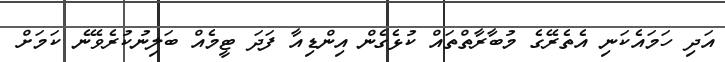
އަދި ހަމައެކަނި އެތެރޭގެ މުބާރާތްތައް ކުޅެގެން އިންޑިއާ ފަދަ ޓީމެއް ބަލިނުކުރެވޭނެ ކަމަށް